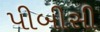
પીબીસી